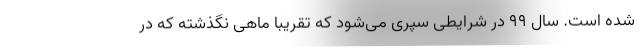
شده است. سال ۹۹ در شرایطی سپری می‌شود که تقریباً ماهی نگذشته که در